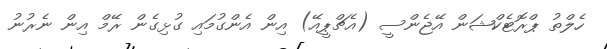
ހެލްތު ޕްރޮޓެކްޝަން އޭޖެންސީ (އެޗްޕީއޭ) އިން އެންގުމައި ގުޅިގެން ރޭމް އިން ނެރުނު